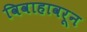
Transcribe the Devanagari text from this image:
विवाहावरून